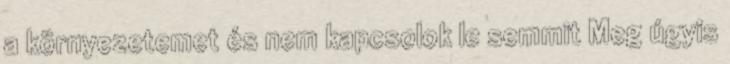
a környezetemet és nem kapcsolok le semmit Meg úgyis